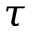
\tau